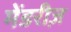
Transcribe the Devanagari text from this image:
मेंडरीज़